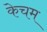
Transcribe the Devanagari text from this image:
केचम